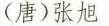
(唐)张旭